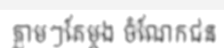
ភ្លាមៗតែម្តង ចំណែកជន